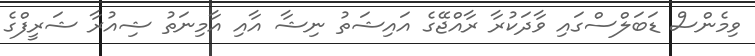
ވިމެންސް ޑަބަލްސްގައި ވާދަކުރާ ރާއްޖޭގެ އައިޝަތު ނިޝާ އާއި އާމިނަތު ޝިއުރާ ޝަރީފްގެ